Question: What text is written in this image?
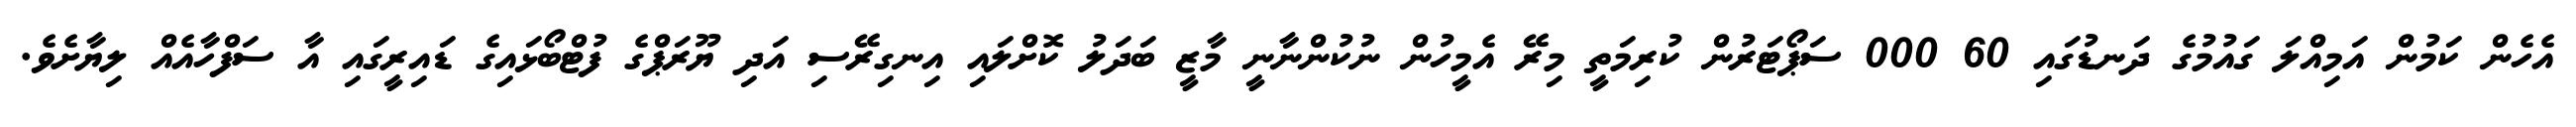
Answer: އެހެން ކަމުން އަމިއްލަ ގައުމުގެ ދަނޑުގައި 60 000 ސަޕޯޓަރުން ކުރިމަތީ މިރޭ އެމީހުން ނުކުންނާނީ މާޒީ ބަދަލު ކޮށްލައި އިނގިރޭސި އަދި ޔޫރަޕްގެ ފުޓްބޯޅައިގެ ޑައިރީގައި އާ ސަފްހާއެއް ލިޔާށެވެ.